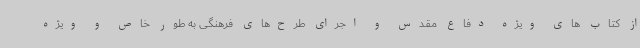
از کتاب های ویژه دفاع مقدس و اجرای طرح‌های فرهنگی به طور خاص و ویژه